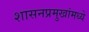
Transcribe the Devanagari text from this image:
शासनप्रमुखांमध्ये